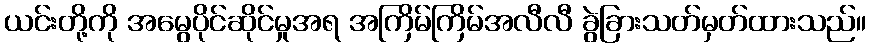
ယင်းတို့ကို အမွေပိုင်ဆိုင်မှုအရ အကြိမ်ကြိမ်အလီလီ ခွဲခြားသတ်မှတ်ထားသည်။